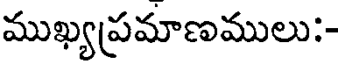
ముఖ్యప్రమాణములు:-